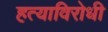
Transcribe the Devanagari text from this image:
हत्याविरोधी